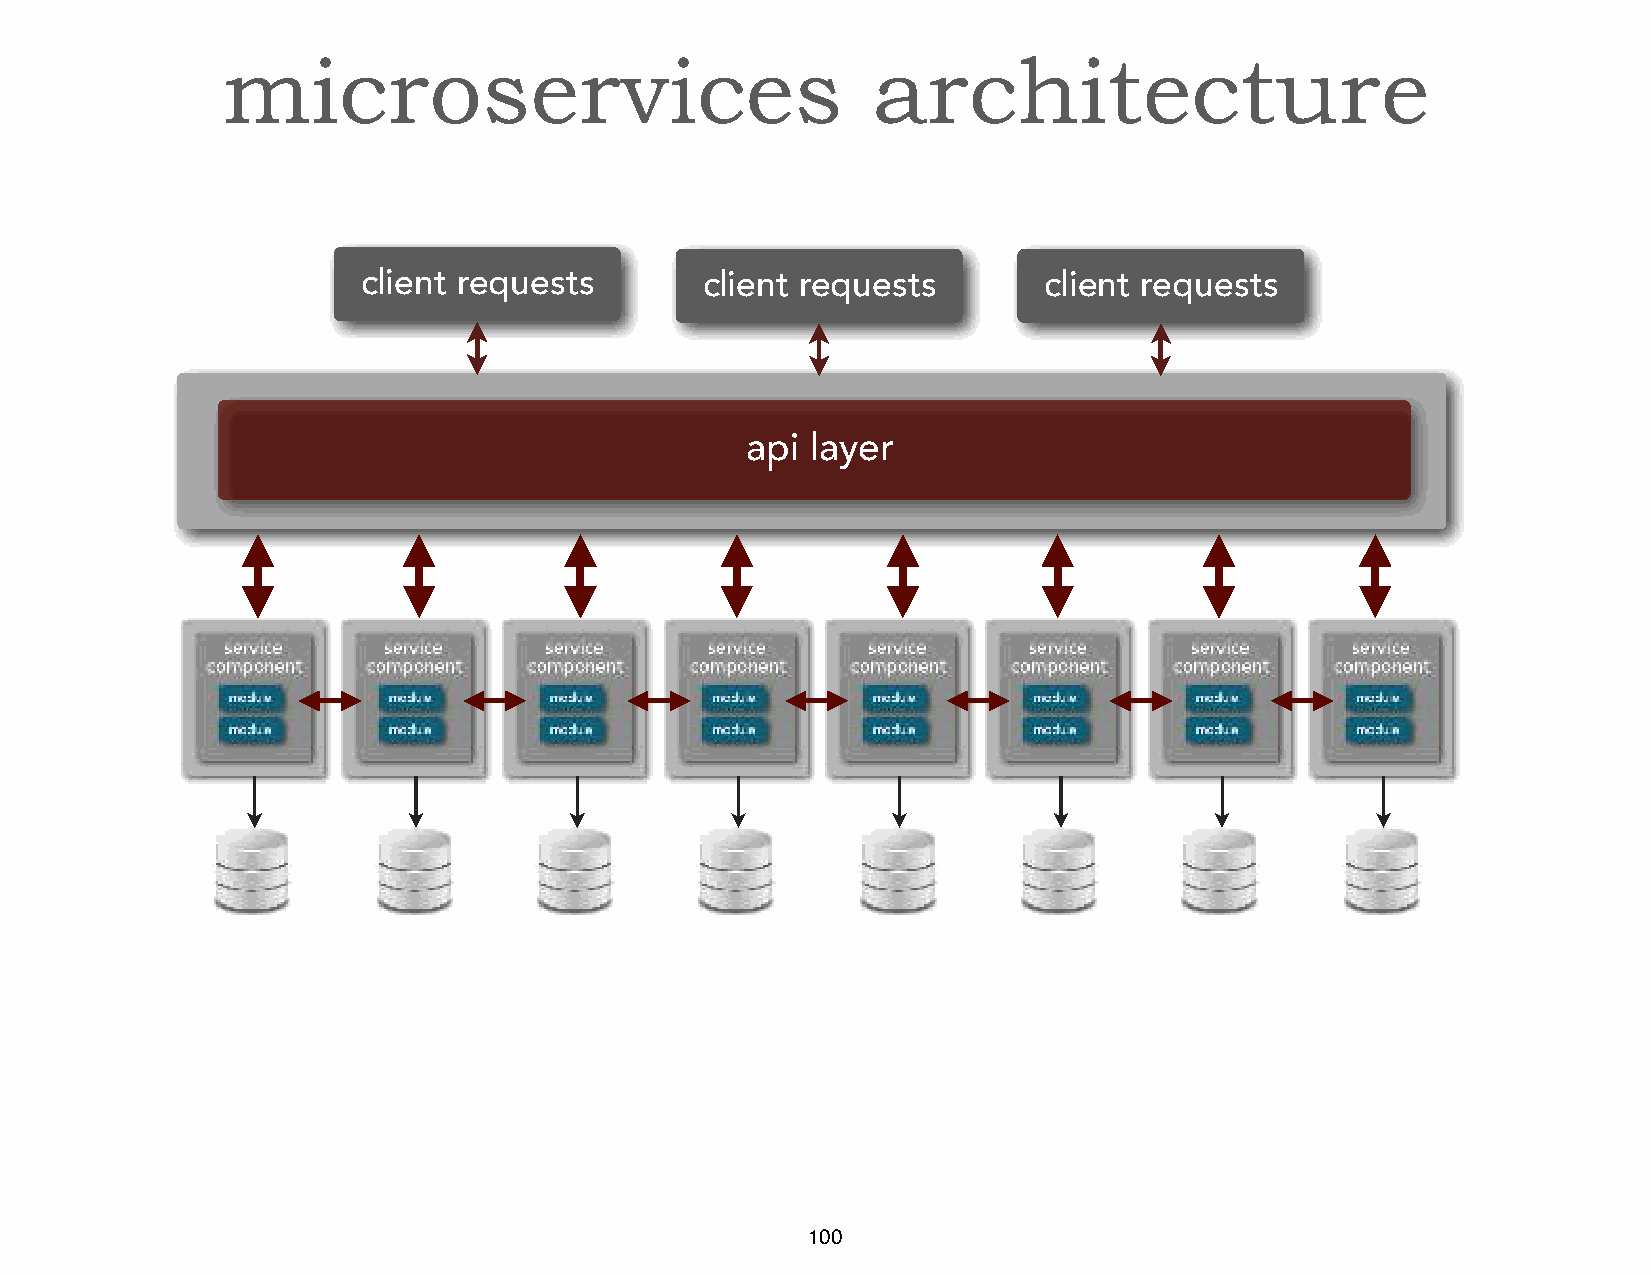
microservices                              architecture
 client requests       client requests        client requests
 api  layer
 100